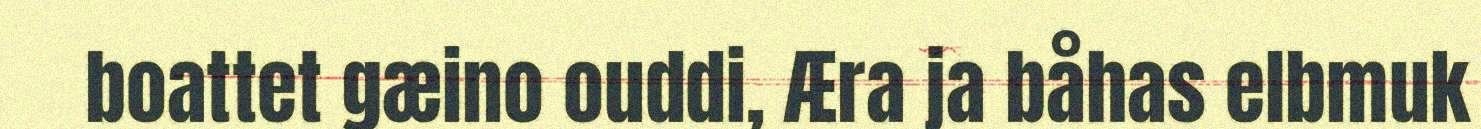
boattet gæino ouddi, Æra ja båhas elbmuk